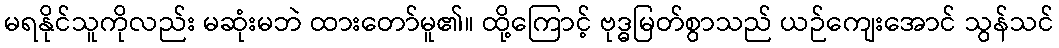
မရနိုင်သူကိုလည်း မဆုံးမဘဲ ထားတော်မူ၏။ ထို့ကြောင့် ဗုဒ္ဓမြတ်စွာသည် ယဉ်ကျေးအောင် သွန်သင်